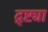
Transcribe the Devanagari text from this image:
द्र्ष्ट्या